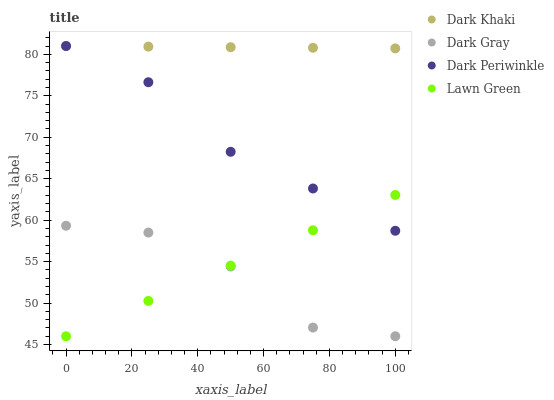
| xaxis_label | Dark Khaki | Dark Gray | Dark Periwinkle | Lawn Green |
 | --- | --- | --- | --- | --- |
 | 0 | 81 | 59.3 | 81 | 46 |
 | 25 | 80.9 | 58.5 | 76.6 | 50.3 |
 | 50 | 80.9 | 54.4 | 68.2 | 54.5 |
 | 75 | 80.8 | 47 | 63.8 | 58.8 |
 | 100 | 80.7 | 46 | 58.7 | 63 |